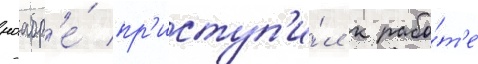
ноабр'е́ пр'иступ'и́л к рабо́т'е